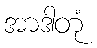
အာဒါတုံ